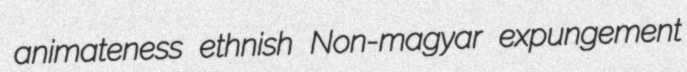
animateness ethnish Non-magyar expungement